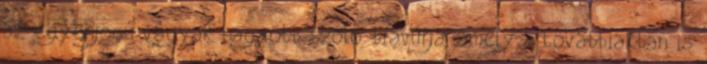
az egyenjogú vágyak nagyobb szóló-bravúrja, amely a továbbiakban is